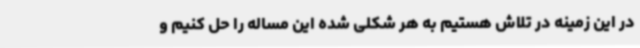
در این زمینه در تلاش هستیم به هر شکلی شده این مساله را حل کنیم و